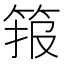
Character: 𱷾